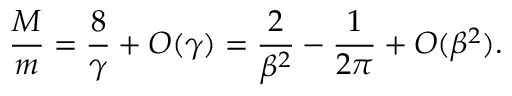
{ \frac { M } { m } } = { \frac { 8 } { \gamma } } + O ( \gamma ) = { \frac { 2 } { \beta ^ { 2 } } } - { \frac { 1 } { 2 \pi } } + O ( \beta ^ { 2 } ) .